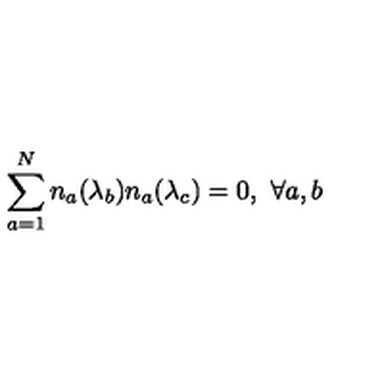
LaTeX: \sum _ { a = 1 } ^ { N } n _ { a } ( \lambda _ { b } ) n _ { a } ( \lambda _ { c } ) = 0 , \ \forall a , b